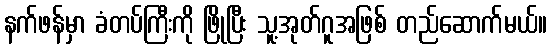
နက်ဖန်မှာ ခံတပ်ကြီးကို ဖြိုပြီး သူ့အုတ်ဂူအဖြစ် တည်ဆောက်မယ်။